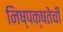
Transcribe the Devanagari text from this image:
निष्‍पक्षतेची